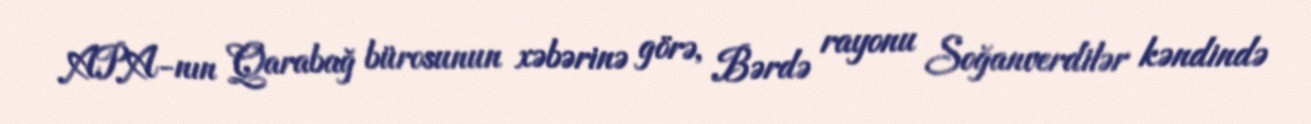
APA-nın Qarabağ bürosunun xəbərinə görə, Bərdə rayonu Soğanverdilər kəndində